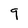
Character: 9